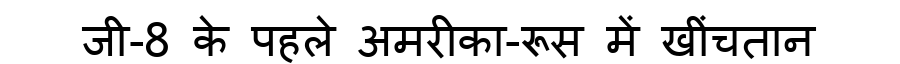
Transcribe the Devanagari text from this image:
जी-8 के पहले अमरीका-रूस में खींचतान